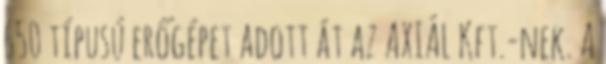
650 típusú erőgépet adott át az AXIÁL Kft.-nek. A